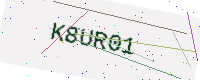
Text: K8UR01